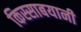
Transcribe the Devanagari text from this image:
किस्साबयानी